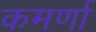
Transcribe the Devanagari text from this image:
कमर्णा